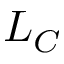
L _ { C }